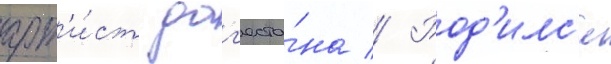
арт'и́ст даг'еста́на // Род'илс'я